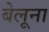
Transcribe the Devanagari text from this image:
बेलूना